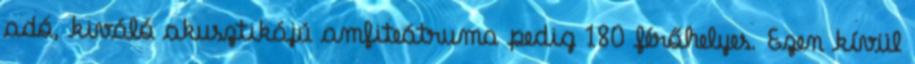
adó, kiváló akusztikájú amfiteátruma pedig 180 férőhelyes. Ezen kívül